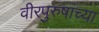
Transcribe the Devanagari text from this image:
वीरपुरुषांच्या